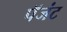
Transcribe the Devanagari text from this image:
पॅजंट